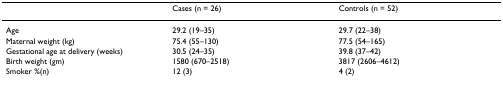
|  | Cases (n = 26) | Controls (n = 52) |
 | --- | --- | --- |
 | Age | 29.2 (19–35) | 29.7 (22–38) |
 | Maternal weight (kg) | 75.4 (55–130) | 77.5 (54–165) |
 | Gestational age at delivery (weeks) | 30.5 (24–35) | 39.8 (37–42) |
 | Birth weight (gm) | 1580 (670–2518) | 3817 (2606–4612) |
 | Smoker %(n) | 12 (3) | 4 (2) |